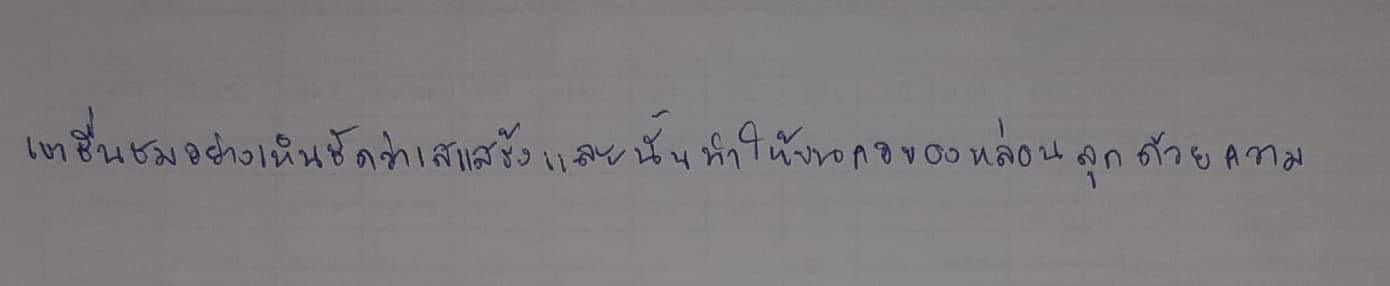
เขาชื่นชมอย่างเห็นชัดว่าเสแสร้งและนั่นทำให้ขนคอของหล่อนลุกด้วยความ